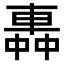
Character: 𨌼